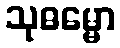
သုဓမ္မော